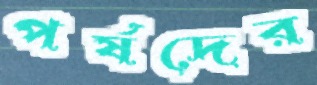
পর্ষদের